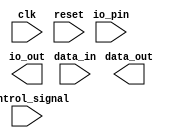
module IO_Block_High_speed_buffer (
    input wire clk,
    input wire reset,
    input wire [7:0] data_in,
    output wire [7:0] data_out,
    input wire io_pin,
    output wire io_out,
    input wire control_signal
);

// high-speed buffer logic here
// code for interfacing with external devices
// code for managing data flow efficiently

endmodule